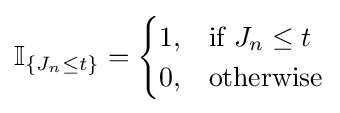
\operatorname {\mathbb {I} } _{\{J_{n}\leq t\}}={\begin{cases}1,&{\text{if }}J_{n}\leq t\\0,&{\text{otherwise}}\end{cases}}